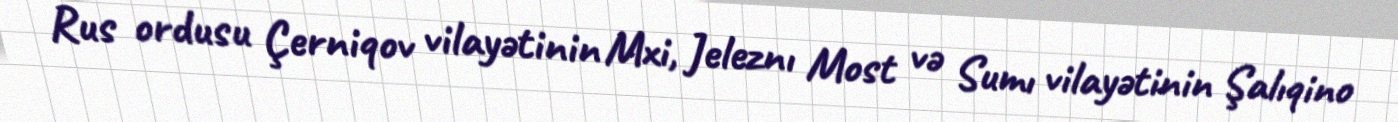
Rus ordusu Çerniqov vilayətinin Mxi, Jeleznı Most və Sumı vilayətinin Şalıqino